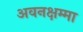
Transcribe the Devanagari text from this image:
अवनक्षम्मा